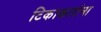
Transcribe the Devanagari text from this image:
टिकाकारांना